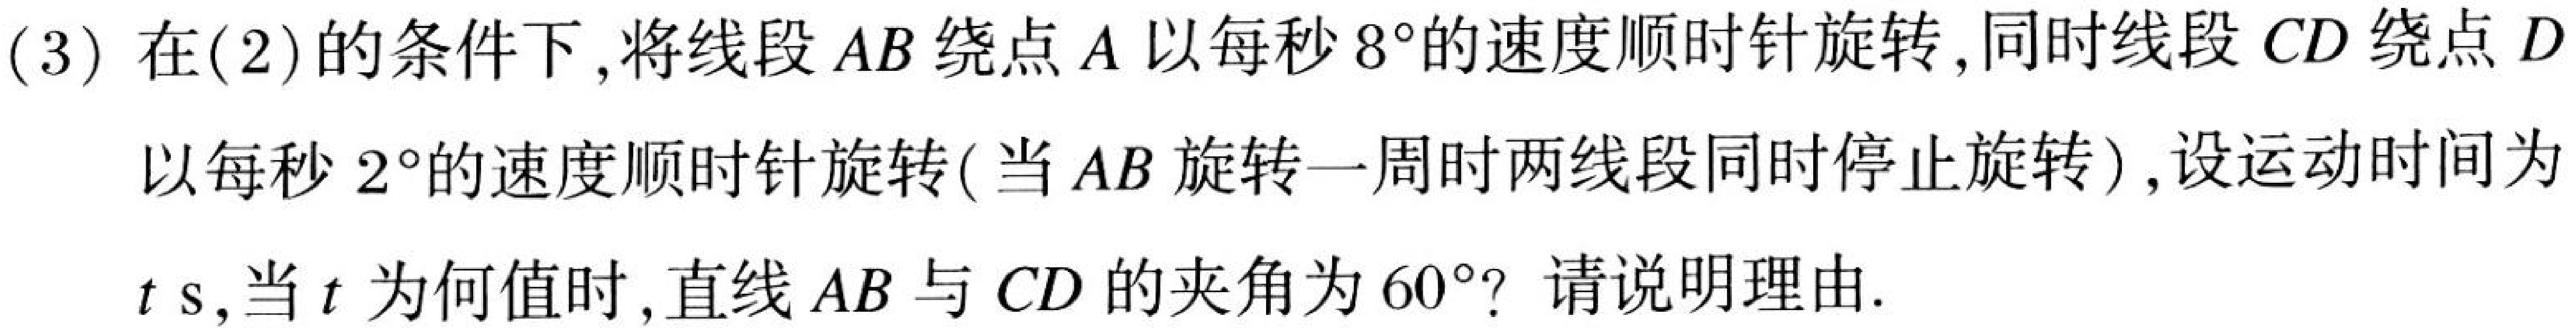
(3) 在(2)的条件下,将线段\(AB\)绕点\(A\)以每秒\(8^{\circ}\)的速度顺时针旋转,同时线段\(CD\)绕点\(D\)以每秒\(2^{\circ}\)的速度顺时针旋转( 当\(AB\)旋转一周时两线段同时停止旋转),设运动时间为\(t\mathrm{ s}\),当\(t\)为何值时,直线\(AB\)与\(CD\)的夹角为\(60^{\circ}\)? 请说明理由.